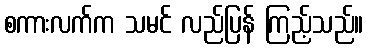
စကားလက်က သမင် လည်ပြန် ကြည့်သည်။